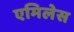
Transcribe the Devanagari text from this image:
एमिलेस